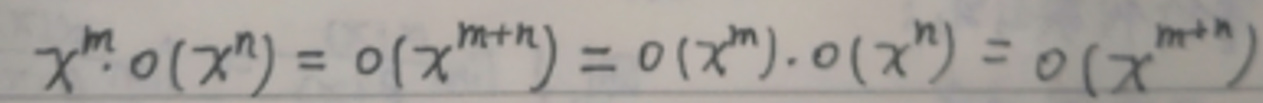
$x ^ { m } \cdot o ( x ^ { n } ) = o ( x ^ { m + n } ) = o ( x ^ { m } ) \cdot o ( x ^ { n } ) = o ( x ^ { m + n } )$